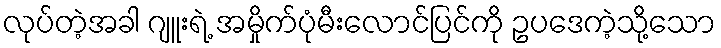
လုပ်တဲ့အခါ ဂျူးရဲ့ အမှိုက်ပုံမီးလောင်ပြင်ကို ဥပဒေကဲ့သို့သော